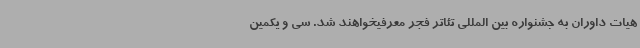
هیات داوران به جشنواره بین المللی تئاتر فجر معرفیخواهند شد. سی و یکمین